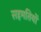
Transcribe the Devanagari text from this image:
सहमतियों